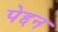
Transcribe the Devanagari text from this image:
पेद्दन